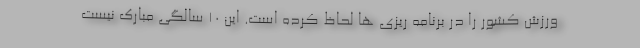
ورزش کشور را در برنامه ریزی ها لحاظ کرده است. این ۱۰ سالگی مبارک نیست